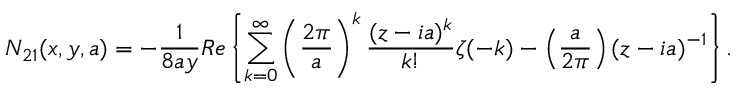
N _ { 2 1 } ( x , y , a ) = - \frac { 1 } { 8 a y } R e \left\{ \sum _ { k = 0 } ^ { \infty } \left( \frac { 2 \pi } { a } \right) ^ { k } \frac { ( z - i a ) ^ { k } } { k ! } \zeta ( - k ) - \left( \frac { a } { 2 \pi } \right) ( z - i a ) ^ { - 1 } \right\} .